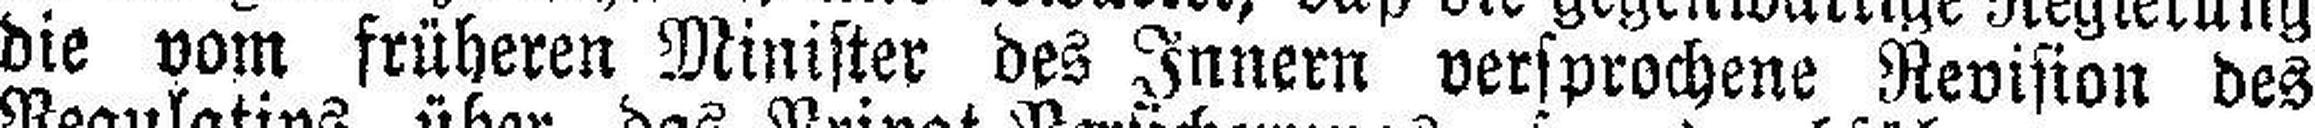
die vom früheren Minister des Innern versprochene Revision des